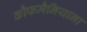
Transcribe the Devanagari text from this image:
कौफमैनियाना